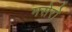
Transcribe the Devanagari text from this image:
मसेरो